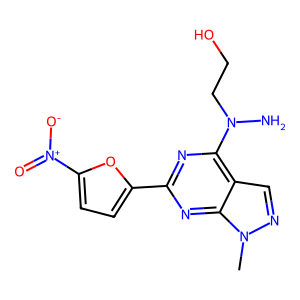
SMILES: Cn1ncc2c(N(N)CCO)nc(-c3ccc([N+](=O)[O-])o3)nc21
Inhibits HIV replication: No